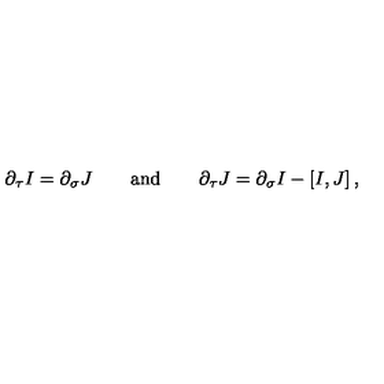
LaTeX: \partial _ { \tau } I = \partial _ { \sigma } J \qquad \mathrm { a n d } \qquad \partial _ { \tau } J = \partial _ { \sigma } I - \left[ I , J \right] ,